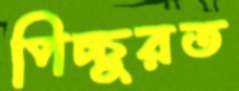
পিচ্চুরত